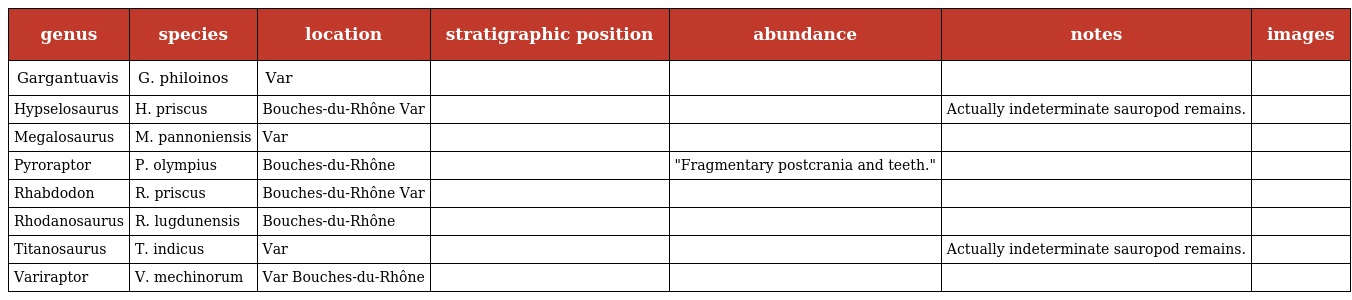
| genus | species | location | stratigraphic position | abundance | notes | images |
 | --- | --- | --- | --- | --- | --- | --- |
 | Gargantuavis | G. philoinos | Var |  |  |  |  |
 | Hypselosaurus | H. priscus | Bouches-du-Rhône Var |  |  | Actually indeterminate sauropod remains. |  |
 | Megalosaurus | M. pannoniensis | Var |  |  |  |  |
 | Pyroraptor | P. olympius | Bouches-du-Rhône |  | "Fragmentary postcrania and teeth." |  |  |
 | Rhabdodon | R. priscus | Bouches-du-Rhône Var |  |  |  |  |
 | Rhodanosaurus | R. lugdunensis | Bouches-du-Rhône |  |  |  |  |
 | Titanosaurus | T. indicus | Var |  |  | Actually indeterminate sauropod remains. |  |
 | Variraptor | V. mechinorum | Var Bouches-du-Rhône |  |  |  |  |